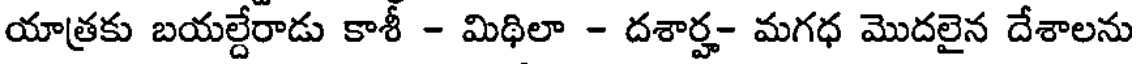
యాత్రకు బయల్దేరాడు కాశీ - మిథిలా - దశార్హ- మగధ మొదలైన దేశాలను